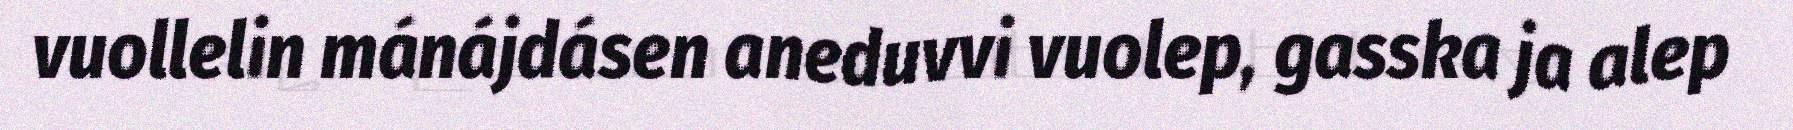
vuollelin mánájdásen aneduvvi vuolep, gasska ja alep